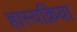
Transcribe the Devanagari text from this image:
हास्यक्रिया